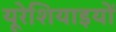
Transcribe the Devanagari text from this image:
यूरेशियाइयों